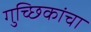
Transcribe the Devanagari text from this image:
गुच्छिकांचा